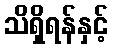
သိရှိရန်နှင့်